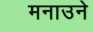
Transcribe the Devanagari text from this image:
मनाउने